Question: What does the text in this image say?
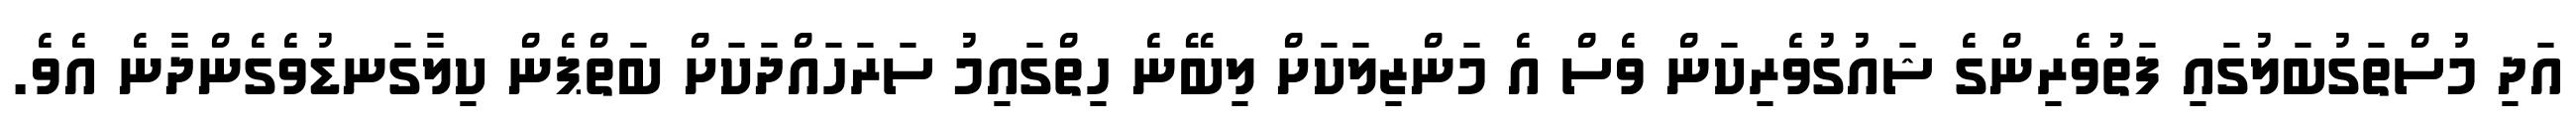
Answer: އަދި މުސްތަގުބަލުގައި ފަތުވެރިންގެ ޝައުގުވެރިކަން ވެސް އެ މަންޒިލަކަށް ލިބޭނެ ހިތްގައިމު ސަރަހައްދަކަށް ބަތްޕެން ކިލާގަނޑުވެގެންދާނެ އެވެ.